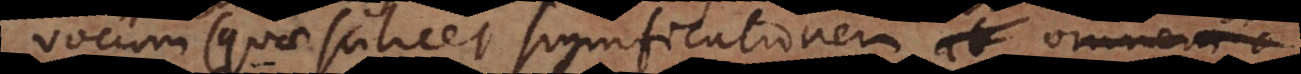
vocum quae scilicet significationem non